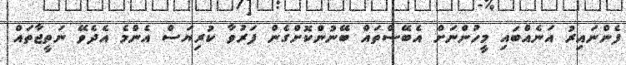
ފެންނައިރު އަނެއްބައި މީހުންނަށް އެބޭސްތައް ބޭނުންކޮށްގެން ފަރުވާ ކުރިޔަސް އެންމެ އެދެވޭ ނަތީޖާތައް